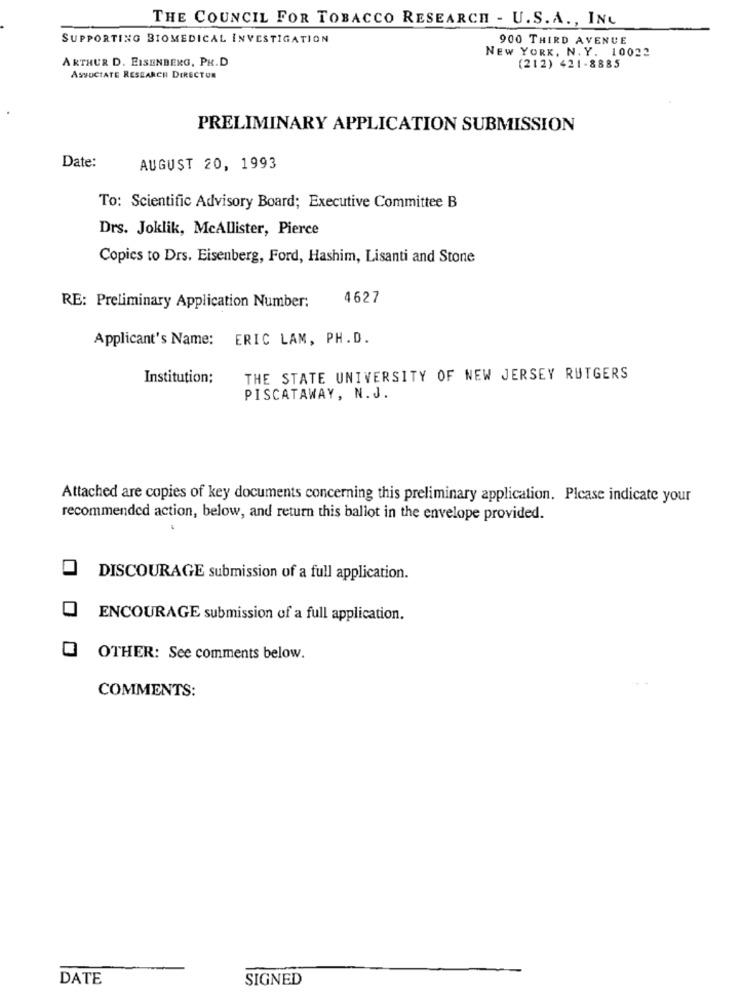
THE COUNCIL FOR TOBACCO RESEARCH - U.S.A ., INC
SUPPORTING BIOMEDICAL INVESTIGATION
900 THIRD AVENUE
NEW YORK, N. Y. 10022
ARTHUR D. EISENBERG, PH.D
(212) 421-8885
ASSOCIATE RESEARCH DIRECTOR
PRELIMINARY APPLICATION SUBMISSION
Date:
AUGUST 20, 1993
To: Scientific Advisory Board; Executive Committee B
Drs. Joklik, McAllister, Pierce
Copies to Drs. Eisenberg, Ford, Hashim, Lisanti and Stone
4627
RE: Preliminary Application Number:
Applicant's Name: ERIC LAM, PH.D.
Institution;
THE STATE UNIVERSITY OF NEW JERSEY RUTGERS
PISCATAWAY, N.J.
Attached are copies of key documents concerning this preliminary application. Please indicate your
recommended action, below, and return this ballot in the envelope provided.
DISCOURAGE submission of a full application.
ENCOURAGE submission of a full application.
OTHER: See comments below.
COMMENTS:
DATE
SIGNED